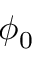
\phi _ { 0 }